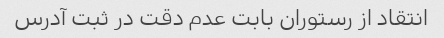
انتقاد از رستوران بابت عدم دقت در ثبت آدرس